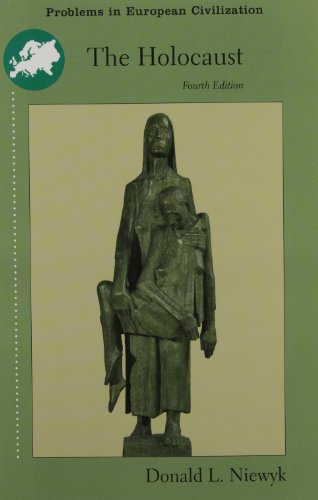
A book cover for The Holocaust: Problems and Perspectives of Interpretation (Problems in European Civilization (Wadsworth)); Donald Niewyk; History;